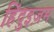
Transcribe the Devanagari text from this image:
हिंदुइज़म